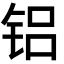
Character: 铝